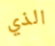
الذي